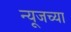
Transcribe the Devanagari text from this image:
न्यूजच्या